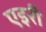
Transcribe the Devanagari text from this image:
एइरी